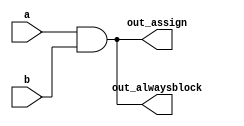
// This program was cloned from: https://github.com/viduraakalanka/HDL-Bits-Solutions
// License: The Unlicense

// synthesis verilog_input_version verilog_2001
module top_module(
    input a, 
    input b,
    output wire out_assign,
    output reg out_alwaysblock
);
    //For synthesizing hardware, two types of always blocks are relevant:
    //	Combinational: always @(*)
    //	Clocked: always @(posedge clk)
    //Combinational always blocks are equivalent to assign statements,

    // If you explicitly specify the sensitivity list and miss a signal, the synthesized hardware will still behave as though (*) was specified, 
    //but the simulation will not and not match the hardware's behaviour.
    //why is above??
	
    //A note on wire vs. reg: The left-hand-side of an assign statement must be a net type (e.g., wire), 
    //while the left-hand-side of a procedural assignment (in an always block) must be a variable type (e.g., reg). These types (wire vs. reg) have nothing to do with what hardware is synthesized,
    
    assign out_assign = a&&b;
    
    always @(*) begin
    	out_alwaysblock = a&&b;
    end
    
endmodule